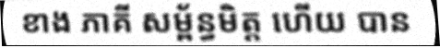
ខាង ភាគី សម្ព័ន្ធមិត្ត ហើយ បាន